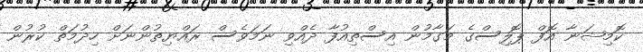
ކޮމިޝަނާ އޮފް ޕޮލިސްގެ މަގާމުން އިސްތިއުފާ ދެއްވި ނަމަވެސް ރައްޔިތުންނަށް ހިދުމަތް ކުރުން